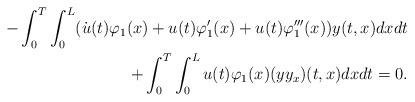
LaTeX: \begin{align*}-\int_{0}^{T} \int_0^L (\dot u(t) \varphi_1(x) + u(t)\varphi'_1(x) + u(t)\varphi'''_1(x))y(t,x) dxdt\\+\int_{0}^{T} \int_0^L u(t)\varphi_1(x)(yy_x)(t,x) dxdt=0.\end{align*}